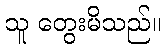
သူ တွေးမိသည်။